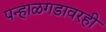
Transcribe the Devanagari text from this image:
पन्हाळगडावरही